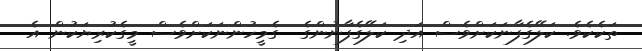
ތަކެކެވެ. ކަލޭގެފާނަކަށްވެސް އަދި ކަލޭގެފާނުންގެ  ގެމީހުންނަކަށްވެސް މީގެކުރިޔަކުން އެ